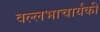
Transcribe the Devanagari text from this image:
वल्लभाचार्यकी